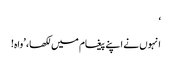
‘
انہوں نے اپنے پیغام میں لکھا، ’واہ!